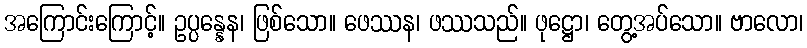
အကြောင်းကြောင့်။ ဥပ္ပန္နေန၊ ဖြစ်သော။ ဖေဿန၊ ဖဿသည်။ ဖုဋ္ဌော၊ တွေ့အပ်သော။ ဗာလော၊